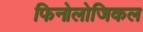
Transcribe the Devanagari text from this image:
फिनोलोजिकल